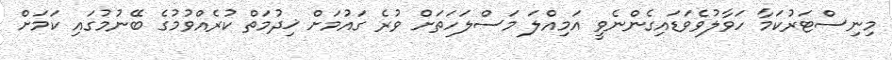
މިނިސްޓަރުކަމާ ހަވާލުވެވަޑައިގެންނެވީ އަމިއްލަ މަސްލަހަތަށް ވުރެ ގައުމަށް ޚިދުމަތް ކުރެއްވުމުގެ ބޭނުމުގައި ކަމަށް